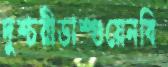
দুশ্চরীডাস্গুয়েনবি